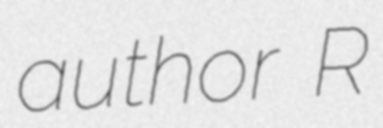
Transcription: author R